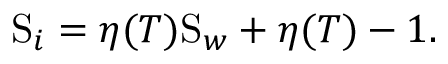
\mathrm { S } _ { i } = \eta ( T ) \mathrm { S } _ { w } + \eta ( T ) - 1 .